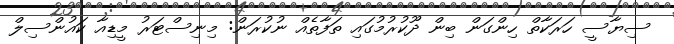
ސިޔާސީ ހަރަކާތް ހިންގަން ބިން ދޫކުރުމުގައި ތަފާތެއް ނުކުރަން: މިނިސްޓަރު މީޑިއާ ކައުންސިލް